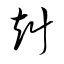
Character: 赳